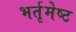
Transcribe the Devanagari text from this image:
भर्तृमेष्ट